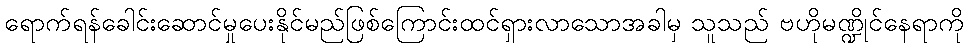
ရောက်ရန်ခေါင်းဆောင်မှုပေးနိုင်မည်ဖြစ်ကြောင်းထင်ရှားလာသောအခါမှ သူသည် ဗဟိုမဏ္ဍိုင်နေရာကို